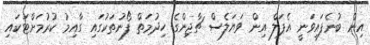
އިން ބުނެފައިވަނީ އެޕަލް އިން ވަޔަލެސް ޗާޖިންގެ ހިދުމަތް ފޯނުތަކުގައި ގާއިމު ކުރުމަށްޓަކައި